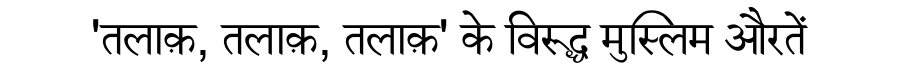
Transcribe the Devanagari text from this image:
'तलाक़, तलाक़, तलाक़' के विरूद्ध मुस्लिम औरतें